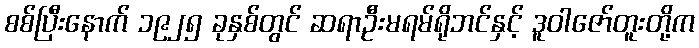
စစ်ပြီးနောက် ၁၉၂၅ ခုနှစ်တွင် ဆရာဦးမရမ်ရိုဘင်နှင့် ဒူဝါဇော်တူးတို့က